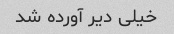
خیلی دیر آورده شد